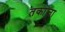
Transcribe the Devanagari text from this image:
तकाज़ा